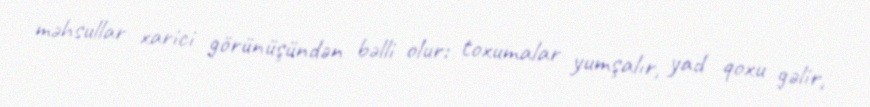
məhsullar xarici görünüşündən bəlli olur: toxumalar yumşalır, yad qoxu gəlir,